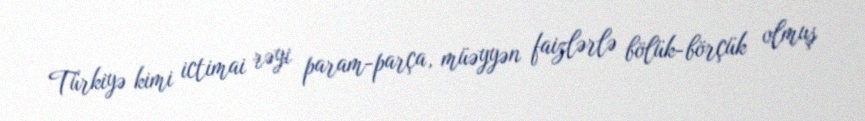
Türkiyə kimi ictimai rəyi param-parça, müəyyən faizlərlə bölük-börçük olmuş